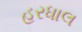
હરધાલ